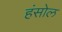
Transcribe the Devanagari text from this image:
हंसोल